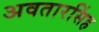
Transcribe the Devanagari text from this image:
अवतारसिंह